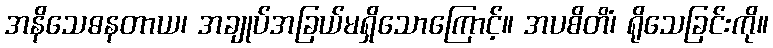
အနိသေဓနတာယ၊ အချုပ်အခြယ်မရှိသောကြောင့်။ အပစိတိံ၊ ရိုသေခြင်းကို။